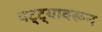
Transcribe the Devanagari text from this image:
पट्ट्यावरून